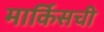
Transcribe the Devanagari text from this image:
मार्किसची